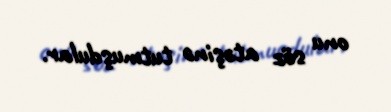
onu söz atəşinə tutmuşdular.